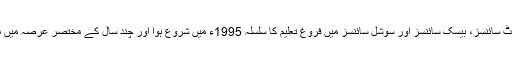
کامرس، کمپیوٹر سائنسز، انفارمیشن ٹیکنالوجی، مینجمنٹ سائنسز، بیسک سائنسز اور سوشل سائنسز میں فروغ تعلیم کا سلسلہ 1995ء میں شروع ہوا اور چند سال کے مختصر عرصہ میں منہاج یونیورسٹی اس میدان میں ایک بڑا نام بن چکا ہے۔